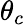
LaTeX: \theta_{c}